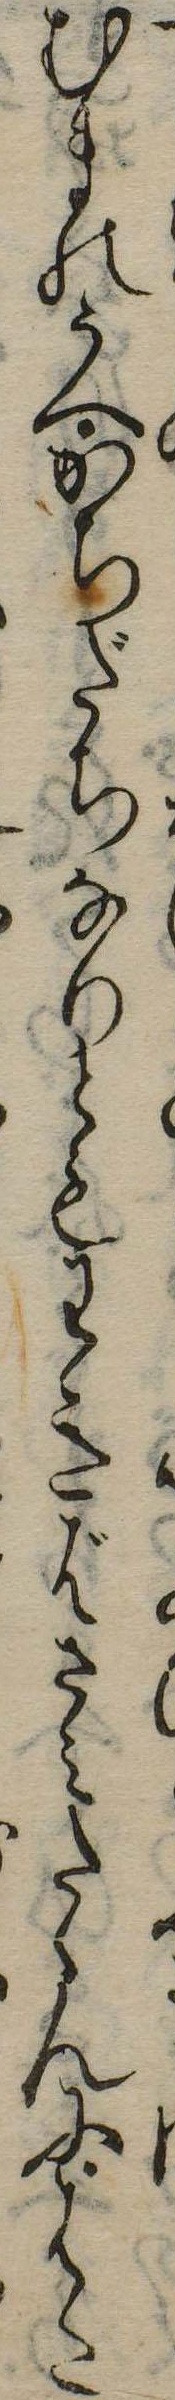
むまのうへかちだちなりともわきばさみたゝんにはた